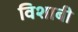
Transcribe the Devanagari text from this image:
विशाबी